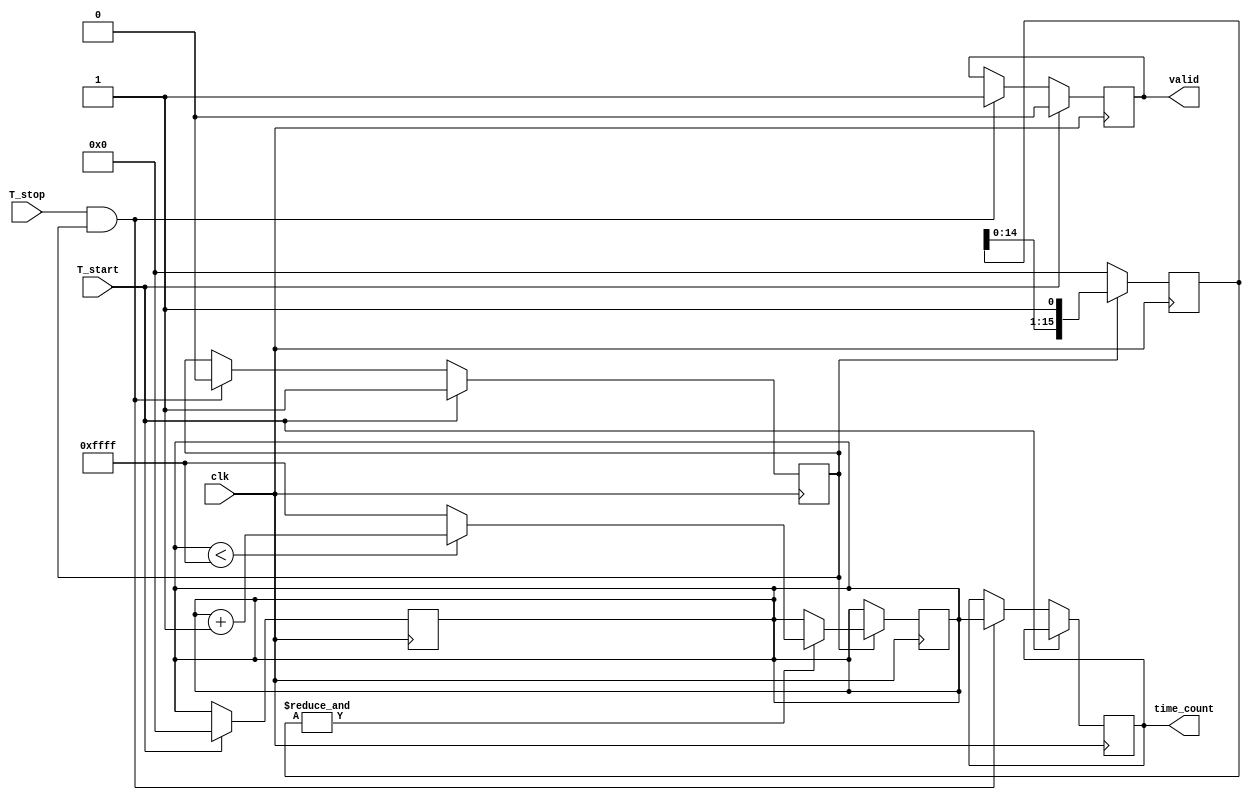
module TDC (
    input wire clk,               // Clock signal
    input wire T_start,           // Start signal
    input wire T_stop,            // Stop signal
    output reg [15:0] time_count, // 16-bit time interval output
    output reg valid              // Output valid signal
);

// Parameters
parameter DELAY_STAGES = 16;    // Number of delay stages
parameter MAX_COUNT = 16'hFFFF;  // Maximum count value

// Internal signals
reg [15:0] counter;              // Counter for delay stages
reg [DELAY_STAGES-1:0] delay_line; // Delay line
reg measuring;                   // Measuring state
integer i;

// Control logic
always @(posedge clk) begin
    if (T_start) begin
        measuring <= 1'b1;       // Start measuring
        counter <= 16'h0;        // Reset counter
        valid <= 1'b0;           // Invalidate output
    end else if (T_stop && measuring) begin
        measuring <= 1'b0;       // Stop measuring
        time_count <= counter;    // Capture the count
        valid <= 1'b1;           // Validate output
    end
end

// Delay line generation
always @(posedge clk) begin
    if (measuring) begin
        // Shift the delay line and increment counter
        delay_line <= {delay_line[DELAY_STAGES-2:0], 1'b1}; // Shift in delay
        if (&delay_line) begin // If all delay stages are filled
            counter <= (counter < MAX_COUNT) ? counter + 1 : MAX_COUNT; // Increment counter
        end
    end else begin
        // Reset delay line when not measuring
        delay_line <= 0;
    end
end

endmodule